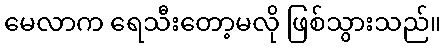
မေလာက ရေသီးတော့မလို ဖြစ်သွားသည်။